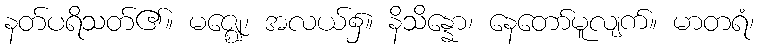
နတ်ပရိသတ်၏။ မဇ္ဈေ၊ အလယ်၌။ နိသိန္နော၊ နေတော်မူလျက်။ မာတရံ၊